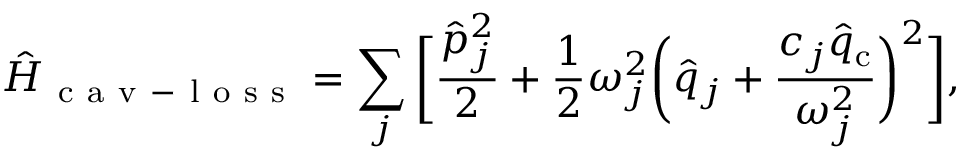
\hat { H } _ { \mathrm { ~ c ~ a ~ v ~ - ~ l ~ o ~ s ~ s ~ } } = \sum _ { j } \bigg [ \frac { \hat { p } _ { j } ^ { 2 } } { 2 } + \frac { 1 } { 2 } { \omega } _ { j } ^ { 2 } \bigg ( \hat { q } _ { j } + \frac { c _ { j } \hat { q } _ { \mathrm { c } } } { { \omega } _ { j } ^ { 2 } } \bigg ) ^ { 2 } \bigg ] ,